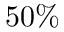
5 0 \%